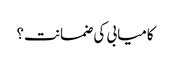
کامیابی کی ضمانت؟